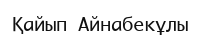
Қайып Айнабекұлы